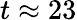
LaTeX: t\approx 23